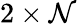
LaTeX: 2\times\mathcal{N}